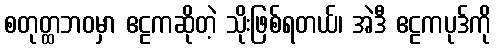
စတုတ္ထဘဝမှာ ဧဠကဆိုတဲ့ သိုးဖြစ်ရတယ်၊ အဲဒီ ဧဠကပုဒ်ကို